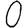
Digit: 0